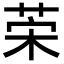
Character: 𦯕